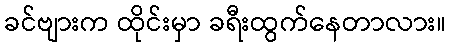
ခင်ဗျားက ထိုင်းမှာ ခရီးထွက်နေတာလား။